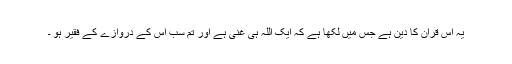
یہ اُس قرآن کا دین ہے جس میں لکھا ہے کہ ایک اللہ ہی غنی ہے اور تم سب اُس کے دروازے کے فقیر ہو ۔